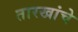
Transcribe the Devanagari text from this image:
तारखांचे